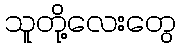
သူတို့လေးတွေ